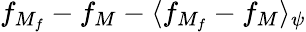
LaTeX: f_{M_{f}}-f_{M}-\langle f_{M_{f}}-f_{M}\rangle_{\psi}